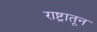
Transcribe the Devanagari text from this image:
राष्ट्रातून